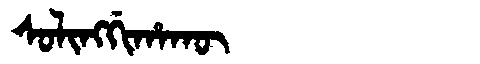
Manchu: ᠰᠣᠯᡳᠩᡤᡳᡥᠠᡴᡡ
Romanization: SOLINGGIHAKŪ